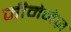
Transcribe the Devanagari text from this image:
जीमेनेज़